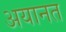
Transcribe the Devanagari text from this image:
अयानत